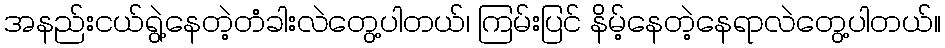
အနည်းငယ်ရွဲ့နေတဲ့တံခါးလဲတွေ့ပါတယ်၊ ကြမ်းပြင် နိမ့်နေတဲ့နေရာလဲတွေ့ပါတယ်။